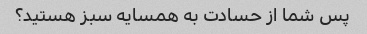
پس شما از حسادت به همسایه سبز هستید؟